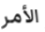
الأمر